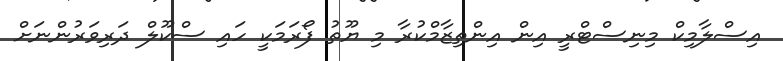
އިސްލާމިކް މިނިސްޓްރީ އިން އިންތިޒާމްކުރާ މި ޔޫތު ފޯރަމަކީ ހައި ސްކޫލް ދަރިވަރުންނަށް